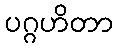
ပဂ္ဂဟိတာ